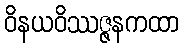
ဝိနယဝိဿဇ္ဇနကထာ